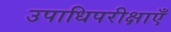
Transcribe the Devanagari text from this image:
उपाधिपरीक्षाएँ